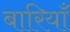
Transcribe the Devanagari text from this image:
बारियाँ